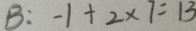
B : - 1 + 2 \times 7 = 1 3